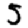
Digit: 5